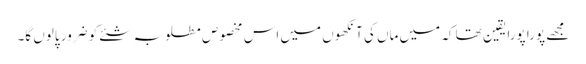
مجھے پورا پورا یقین تھا کہ میں ماں کی آنکھوں میں اس مخصوص مطلوبہ شئے کو ضرور پالوں گا۔